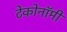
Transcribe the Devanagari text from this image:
टेकोनॉमी